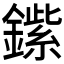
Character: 𲇡